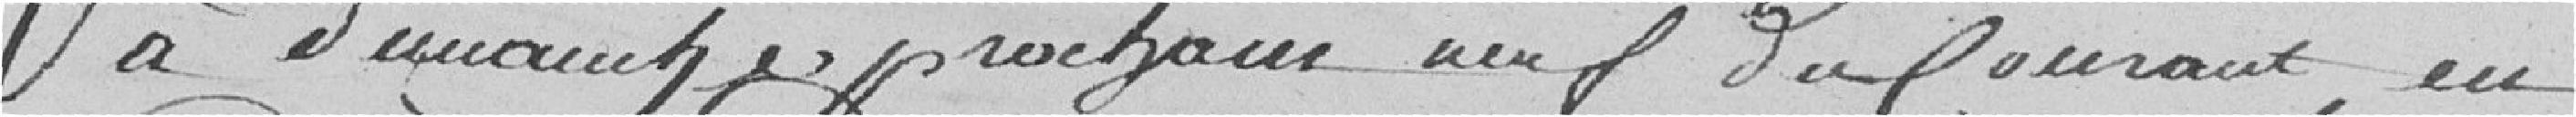
à dimanche prochain neuf du courant, en